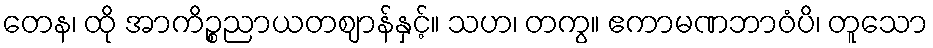
တေန၊ ထို အာကိဉ္စညာယတဈာန်နှင့်။ သဟ၊ တကွ။ ဧကာမဏဘာဝံပိ၊ တူသော